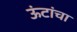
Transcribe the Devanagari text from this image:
ऊंटांचा